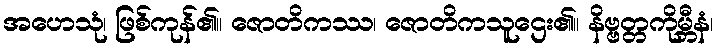
အဟေသုံ၊ ဖြစ်ကုန်၏။ ဇောတိကဿ၊ ဇောတိကသူဌေး၏။ နိဗ္ဗတ္တကိုမ္ဘီနံ၊